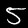
Digit: 5